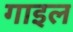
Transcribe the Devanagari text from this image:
गाइल